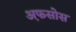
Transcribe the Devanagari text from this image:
अ़फसोस